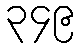
၃၄၉